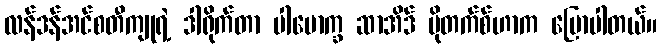
လန်ဒန်အင်စတီကျုရဲ့ ဒါရိုက်တာ ပါမောက္ခ ဆာအိဒ် မိုတက်စ်ဟာက ပြောပါတယ်။